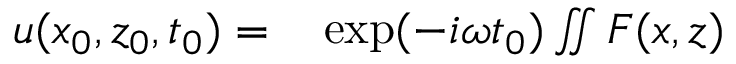
\begin{array} { r l } { u ( x _ { 0 } , z _ { 0 } , t _ { 0 } ) = } & { { } \exp ( - i \omega t _ { 0 } ) \iint F ( x , z ) } \end{array}